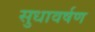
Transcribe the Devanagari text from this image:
सुधावर्षण